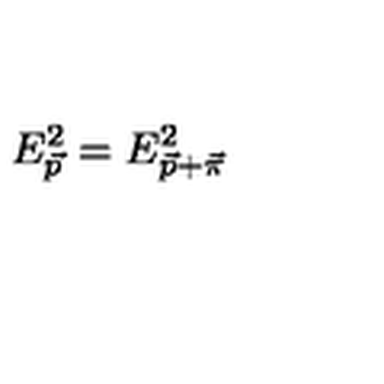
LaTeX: E _ { \vec { p } } ^ { 2 } = E _ { \vec { p } + \vec { \pi } } ^ { 2 }